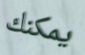
يمكنك